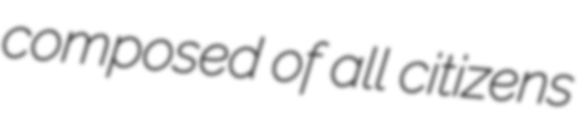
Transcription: composed of all citizens